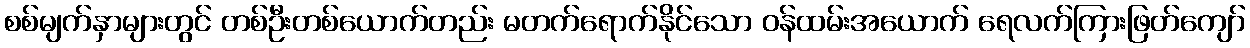
စစ်မျက်နှာများတွင် တစ်ဦးတစ်ယောက်တည်း မတက်ရောက်နိုင်သော ဝန်ထမ်းအယောက် ရေလက်ကြားဖြတ်ကျော်